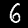
Digit: 6